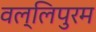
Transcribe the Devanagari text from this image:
वल्लिपुरम